Annual report of the Punjab Veterinary College and of the Civil Veterinary Department, Punjab - 1894-1908
Year: 1894
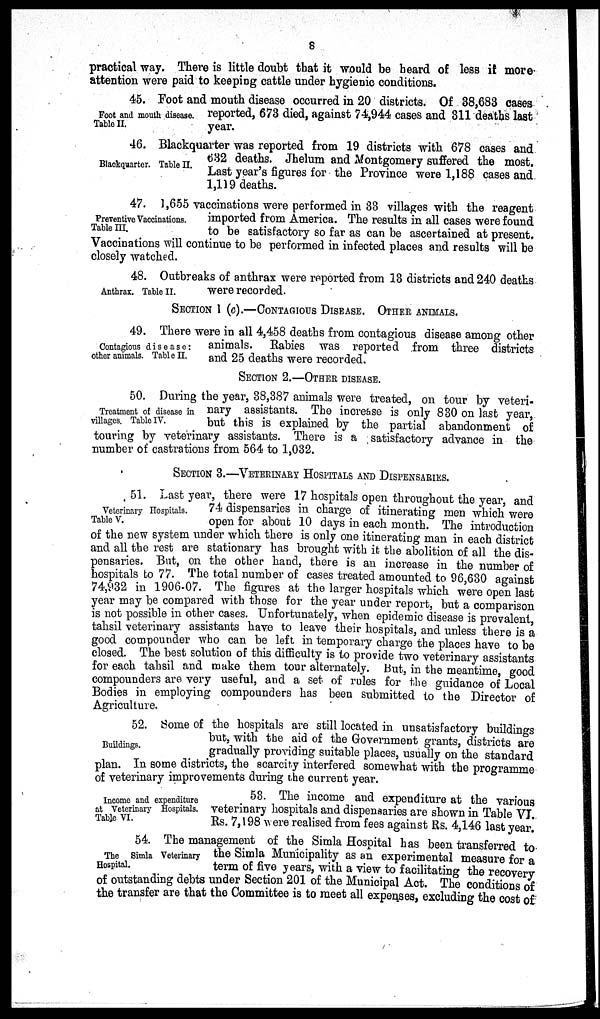
8
practical way. There is little doubt that it would be beard of less if more
attention were paid to keeping cattle under hygienic conditions.
Foot and mouth disease.
Table II.
45. Foot and mouth disease occurred in 20 districts. Of 38,683 cases
reported, 673 died, against 74,944 cases and 311 deaths last
year.
Blackquarter. Table II.
46. Blackquarter was reported from 19 districts with 678 cases and
632 deaths. Jhelum and Montgomery suffered the most.
Last year's figures for the Province were 1,188 cases and
1,119 deaths.
Preventive Vaccinations.
Table III.
47. 1,655 vaccinations were performed in 33 villages with the reagent
imported from America. The results in all cases were found
to be satisfactory so far as can be ascertained at present.
Vaccinations will continue to be performed in infected places and results will be
closely watched.
Anthrax. Table II.
48. Outbreaks of anthrax were reported from 13 districts and 240 deaths
were recorded.
SECTION 1 (c).—CONTAGIOUS DISEASE. OTHER ANIMALS.
Contagious disease:
other animals. Table II.
49. There were in all 4,458 deaths from contagious disease among other
animals. Rabies was reported from three districts
and 25 deaths were recorded.
SECTION 2.—OTHER DISEASE
Treatment of disease in
villages. Table IV.
50. During the year, 38,387 animals were treated, on tour by veteri-
nary assistants. The increase is only 830 on last year,
but this is explained by the partial abandonment of
touring by veterinary assistants. There is a satisfactory advance in the
number of castrations from 564 to 1,032.
SECTION 3.—VETERINARY HOSPITALS AND DISPENSARIES.
Veterinary Hospitals.
Table V.
51. Last year, there were 17 hospitals open throughout the year and
74 dispensaries in charge of itinerating men which were
open for about 10 days in each month. The introduction
of the new system under which there is only one itinerating man in each district
and all the rest are stationary has brought with it the abolition of all the dis-
pensaries. But, on the other hand, there is an increase in the number of
hospitals to 77. The total number of cases treated amounted to 96,630 against
74,932 in 1906-07. The figures at the larger hospitals which were open last
year may be compared with those for the year under report, but a comparison
is not possible in other cases. Unfortunately, when epidemic disease is prevalent
tahsil veterinary assistants have to leave their hospitals, and unless there is a
good compounder who can be left in temporary charge the places have to be
closed. The best solution of this difficulty is to provide two veterinary assistants
for each tahsil and make them tour alternately. But, in the meantime good
compounders are very useful, and a set of rules for the guidance of Local
Bodies in employing compounders has been submitted to the Director of
Agriculture.
Buildings.
52. Some of the hospitals are still located in unsatisfactory buildings
but, with the aid of the Government grants, districts are
gradually providing suitable places, usually on the standard
plan. In some districts, the scarcity interfered somewhat with the programme
of veterinary improvements during the current year.
Income and expenditure
at Veterinary Hospitals.
Table VI.
53. The income and expenditure at the various
veterinary hospitals and dispensaries are shown in Table VI
Rs. 7,198 were realised from fees against Rs. 4,146 last year.
The Simla Veterinary
Hospital.
54. The management of the Simla Hospital has been transferred to
the Simla Municipality as an experimental measure for a
term
of
five
years,
with
a
view to facilitating the recovery
of outstanding debts under Section 201 of the Municipal Act. The conditions of
the transfer are that the Committee is to meet all expenses, excluding the cost of